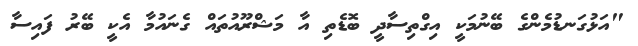
"އަޅުގަނޑުމެންގެ ބޭނުމަކީ އިގްތިސާދީ ބޮޑެތި އާ މަޝްރޫއުތަައް ގެނައުމާ އެކީ ބޭރު ފައިސާ